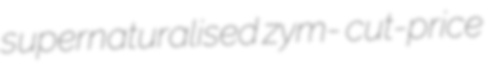
supernaturalised zym- cut-price